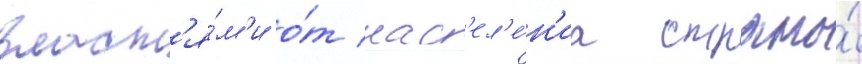
власт'я́м'и о́т нас'ел'е́н'иа страны́